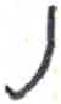
אות: נ